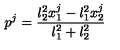
p ^ { j } = \frac { \l _ { 2 } ^ { 2 } x _ { 1 } ^ { j } - \l _ { 1 } ^ { 2 } x _ { 2 } ^ { j } } { \l _ { 1 } ^ { 2 } + \l _ { 2 } ^ { 2 } }